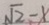
\sqrt { 2 } - 1